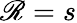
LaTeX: \mathscr{R}=s